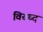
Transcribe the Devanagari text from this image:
विरूध्‍द